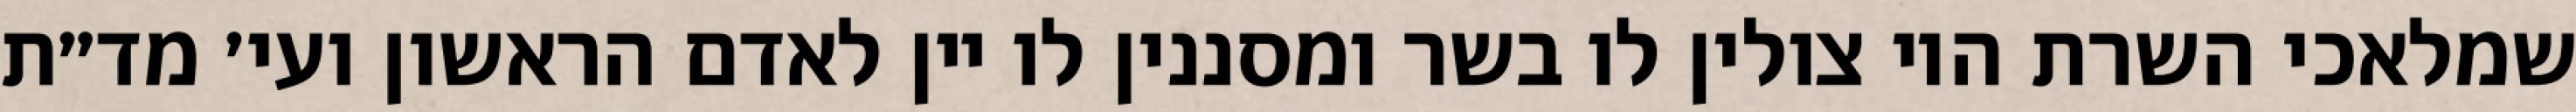
שמלאכי השרת היו צולין לו בשר ומסננין לו יין לאדם הראשון ועי׳ מד״ת